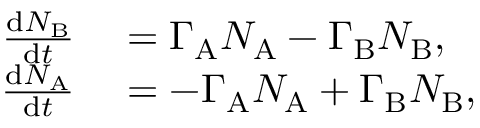
\begin{array} { r l } { \frac { \mathrm { d } N _ { \mathrm { B } } } { \mathrm { d } t } } & { { } = \Gamma _ { \mathrm { A } } N _ { \mathrm { A } } - \Gamma _ { \mathrm { B } } N _ { \mathrm { B } } , } \\ { \frac { \mathrm { d } N _ { \mathrm { A } } } { \mathrm { d } t } } & { { } = - \Gamma _ { \mathrm { A } } N _ { \mathrm { A } } + \Gamma _ { \mathrm { B } } N _ { \mathrm { B } } , } \end{array}